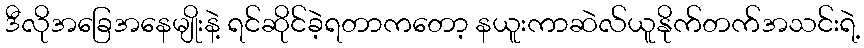
ဒီလိုအခြေအနေမျိုးနဲ့ ရင်ဆိုင်ခဲ့ရတာကတော့ နယူးကာဆဲလ်ယူနိုက်တက်အသင်းရဲ့